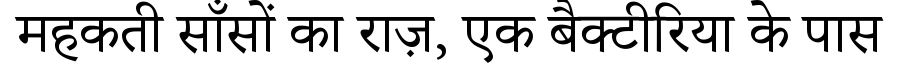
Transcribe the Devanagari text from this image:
महकती साँसों का राज़, एक बैक्टीरिया के पास